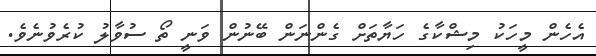
އެހެން މީހަކު މިޝްކާގެ ހަޔާތަށް ގެންނަން ބޭނުން ވަނީ ތޯ ސުވާލު ކުރެވުނެވެ.